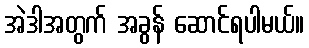
အဲဒါအတွက် အခွန် ဆောင်ရပါမယ်။